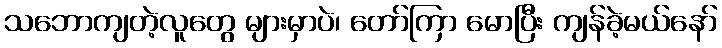
သဘောကျတဲ့လူတွေ များမှာပဲ၊ တော်ကြာ မောပြီး ကျန်ခဲ့မယ်နော်